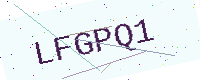
Text: LFGPQ1